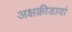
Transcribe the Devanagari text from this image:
अक्षक्रीडायां